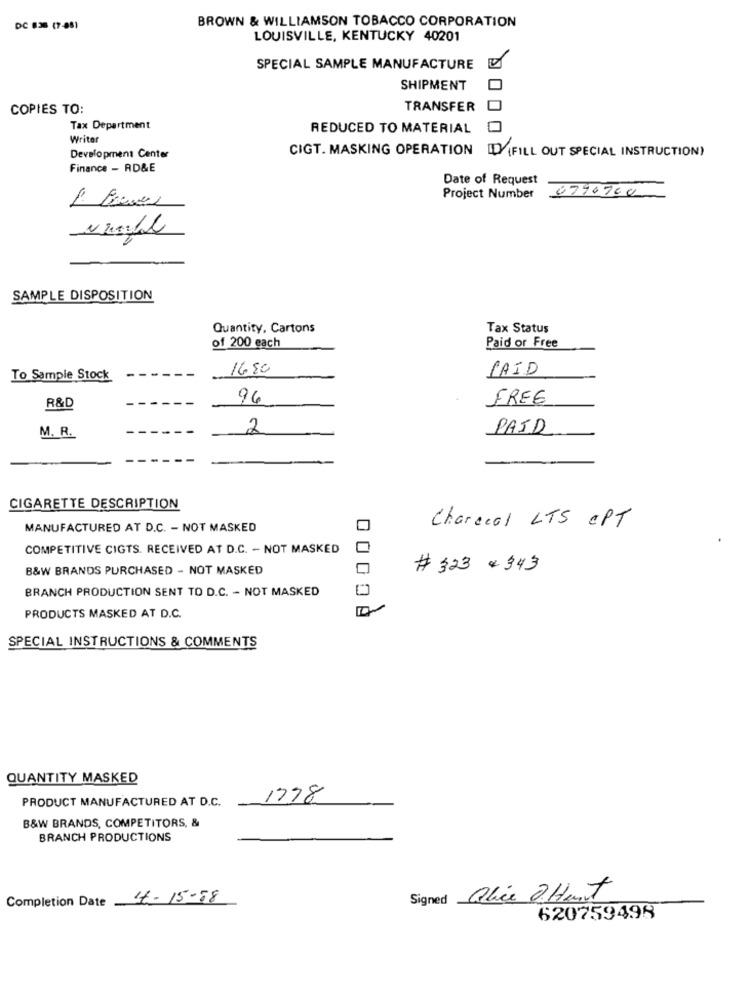
BROWN & WILLIAMSON TOBACCO CORPORATION
DC 836 (7-88)
LOUISVILLE, KENTUCKY 40201
SPECIAL SAMPLE MANUFACTURE
SHIPMENT
COPIES TO:
TRANSFER
Tax Department
REDUCED TO MATERIAL
Writer
Development Center
CIGT. MASKING OPERATION LEY(FILL OUT SPECIAL INSTRUCTION)
Finance - RD&E
Date of Request
Project Number
6790700
SAMPLE DISPOSITION
Quantity, Cartons
Tax Status
of 200 each
Paid or Free
1650
PAID
To Sample Stock
96
FREE
R&D
M. R.
2
PAID
CIGARETTE DESCRIPTION
MANUFACTURED AT D.C. - NOT MASKED
Charcoal LTS OPT
COMPETITIVE CIGTS. RECEIVED AT D.C. - NOT MASKED
B&W BRANDS PURCHASED - NOT MASKED
# 323 + 343
BRANCH PRODUCTION SENT TO D.C. - NOT MASKED
PRODUCTS MASKED AT D.C.
SPECIAL INSTRUCTIONS & COMMENTS
QUANTITY MASKED
PRODUCT MANUFACTURED AT D.C.
1798
B&W BRANDS, COMPETITORS, &
BRANCH PRODUCTIONS
Completion Date_
1-15-58
Signed Olie OHant
620759498